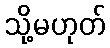
သို့မဟုတ်